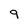
Character: 9